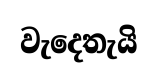
වැදෙතැයි